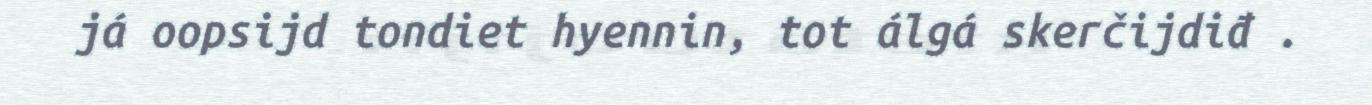
já oopsijd tondiet hyennin, tot álgá skerčijdiđ .